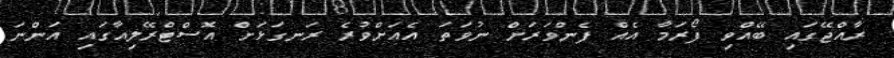
ރާއްޖޭގައި ބޭއްވި ފޯރަމާ އެއް ފެންވަރަށް ނުވަތަ އެއަށްވުރެ ރަނގަޅަށް އޮސްޓްރޭލިއާގައި އަންނަ